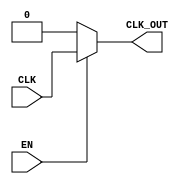
module clock_gating (
    input wire CLK,      // Primary clock signal
    input wire EN,       // Enable signal
    output wire CLK_OUT  // Gated clock output
);

// Internal signals for inverted enable
wire EN_B;

// Invert the enable signal
assign EN_B = ~EN;

// Transmission gate implementation for clock gating
assign CLK_OUT = (EN) ? CLK : 1'b0; // If EN is high, pass CLK; otherwise, output 0

endmodule